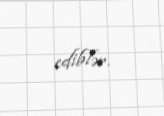
ediblər.